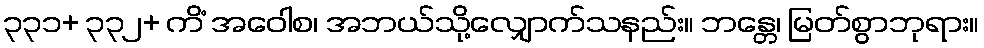
၃၃၁+ ၃၃၂+ ကိံ အဝေါစ၊ အဘယ်သို့လျှောက်သနည်း။ ဘန္တေ၊ မြတ်စွာဘုရား။